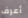
أعرف